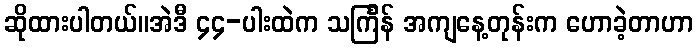
ဆိုထားပါတယ်။အဲဒီ ၄၄-ပါးထဲက သင်္ကြန် အကျနေ့တုန်းက ဟောခဲ့တာဟာ